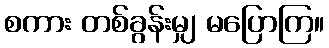
စကား တစ်ခွန်းမျှ မပြောကြ။